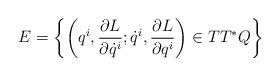
LaTeX: \begin{align*}E=\left \{\left(q^i,\frac{\partial L}{\partial \dot{q}^i};\dot{q}^i,\frac{\partial L}{\partial q^i}\right)\in TT^*Q \right \}\end{align*}